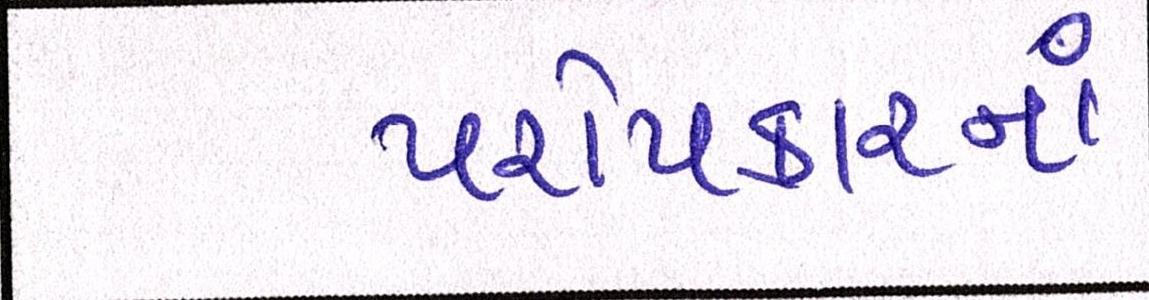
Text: પરોપકારનાં